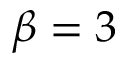
\beta = 3